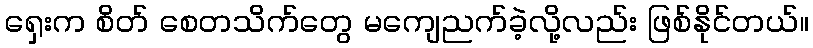
ရှေးက စိတ် စေတသိက်တွေ မကျေညက်ခဲ့လို့လည်း ဖြစ်နိုင်တယ်။